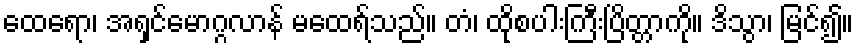
ထေရော၊ အရှင်မောဂ္ဂလာန် မထေရ်သည်။ တံ၊ ထိုစပါးကြီးပြိတ္တာကို။ ဒိသွာ၊ မြင်၍။